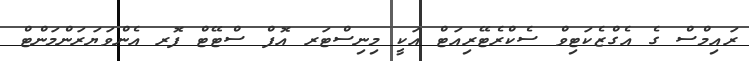
ރައިމްސް ގެ އެގްޒެކަޓިވް ސެކްރެޓޭރިއަޓް އަކީ މިނިސްޓަރ އޮފް ސްޓޭޓް ފޮރ އެންވަޔަރަންމަންޓް